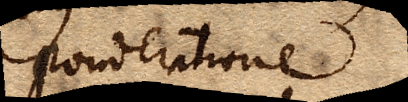
ponderatione.